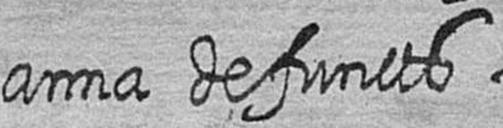
anna defuncts